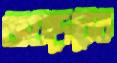
জয়দেবের